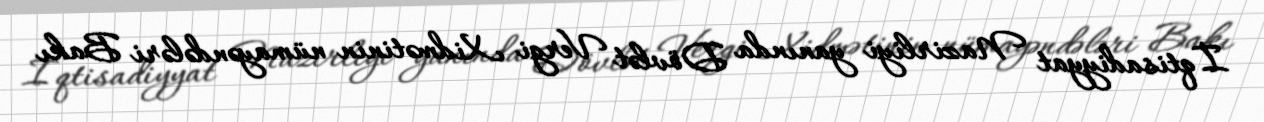
İqtisadiyyat Nazirliyi yanında Dövlət Vergi Xidmətinin nümayəndələri Bakı